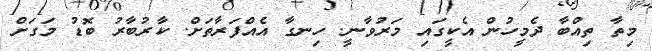
މިތާ ތިއްބާ ދެމީހުން އެކީގައި މަރުވާނީ. ހިނގާ އެއްފަރާތަށް. ކާރުބާރު ބޮޑު މަގަށް